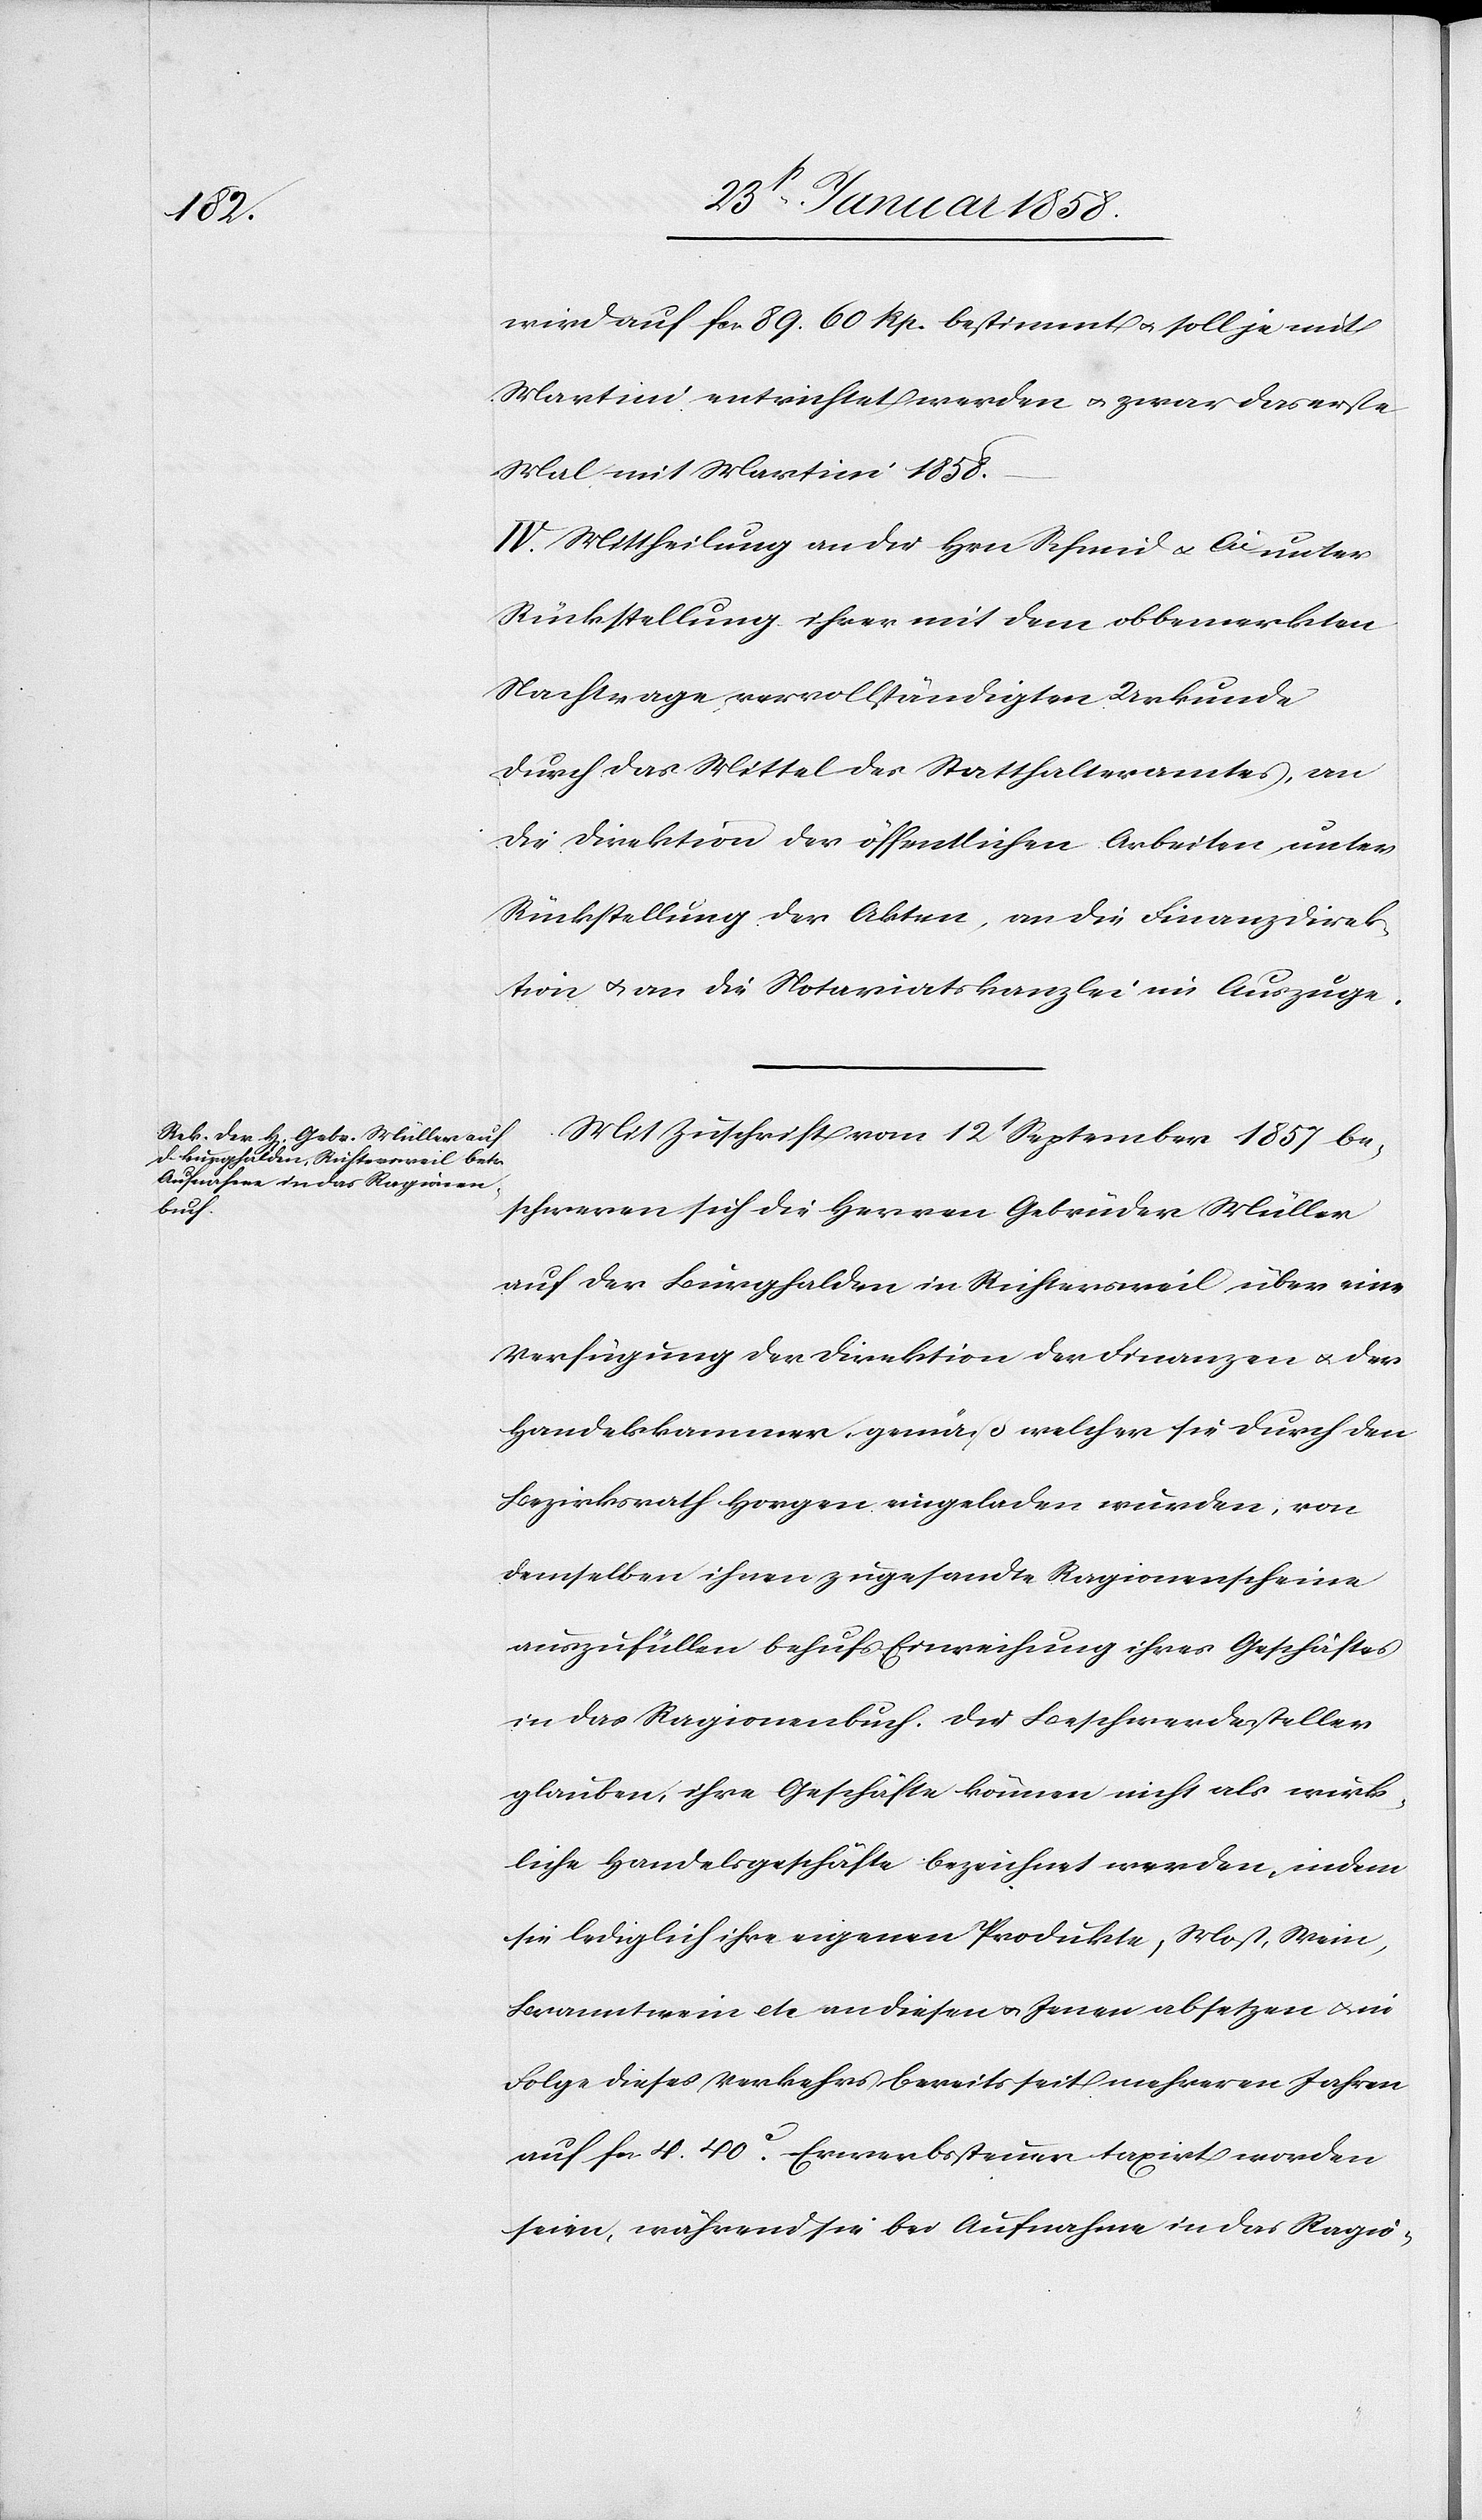
wird auf fcs. 89. 60 Rp. bestimmt u. soll je mit
Martini entrichtet werden u. zwar das erste
Mal mit Martini 1858.
IV. Mittheilung an die Hrn. Schmid u. Cie unter
Rückstellung ihrer mit dem obbemerkten
Nachtrage vervollständigten Urkunde
durch das Mittel des Statthalteramtes, an
die Direktion der öffentlichen Arbeiten, unter
Rückstellung der Akten, an die Finanzdirek¬
tion u. an die Notariatskanzlei im Auszuge.
Mit Zuschrift vom 12t September 1857 be¬
schweren sich die Herren Gebrüder Müller
auf der Burghalden in Richtersweil über eine
Verfügung der Direktion der Finanzen u. der
Handelskammer gemäß welcher sie durch den
Bezirksrath Horgen eingeladen wurden, von
demselben ihnen zugesandte Ragionenscheine
auszufüllen behufs Einreihung ihres Geschäftes
in das Ragionenbuch. Die Beschwerdesteller
glauben, ihre Geschäfte können nicht als wirk¬
liche Handelsgeschäfte bezeichnet werden, indem
sie lediglich ihre eigenen Produkte, Most, Wein,
Branntwein etc an diesen u. Jenen absetzen u. in
Folge dieses Verkehrs bereits seit mehreren Jahren
auf fcs. 4. 40. c Erwerbssteuer taxirt worden
seien, während sie bei Aufnahme in das Ragio-